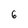
Character: 6